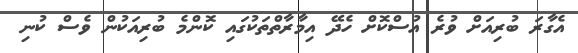
އެގާރަ ބުރިއަށް ވުރެ އުސްކޮށް ހެދޭ އިމާރާތްތަކުގައި ކޮންމެ ބުރިއަކުން ވެސް ކުނި